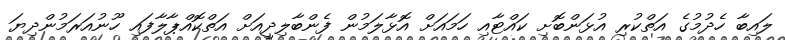
ލައިބާ ހެދުމުގެ އަތްކުރި އުޅަންބޮށި ކައްޓާއި ހަމައަށް އޮޅާލަމުން ފެންބާލިދީއަށް އަތްކޮއްޕާލާފައި ހޫނުއަރަމުންދިޔަ